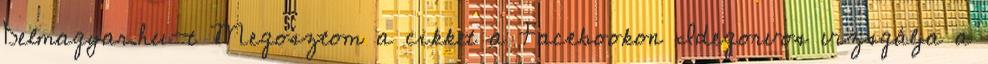
Delmagyar.hu-t Megosztom a cikket a Facebookon Idegorvos vizsgálja a